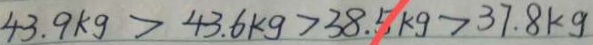
4 3 . 9 k g > 4 3 . 6 k g > 3 8 . 5 k g > 3 7 . 8 k g